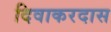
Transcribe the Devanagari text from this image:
दिवाकरदास